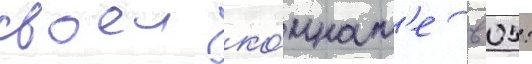
своеи ко́мнат'е в 05: